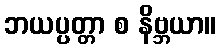
ဘယပ္ပတ္တာ စ နိဗ္ဘယာ။